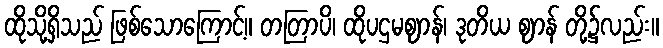
ထိုသို့ရှိသည် ဖြစ်သောကြောင့်။ တတြာပိ၊ ထိုပဌမဈာန်၊ ဒုတိယ ဈာန် တို့၌လည်း။